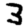
Digit: 3